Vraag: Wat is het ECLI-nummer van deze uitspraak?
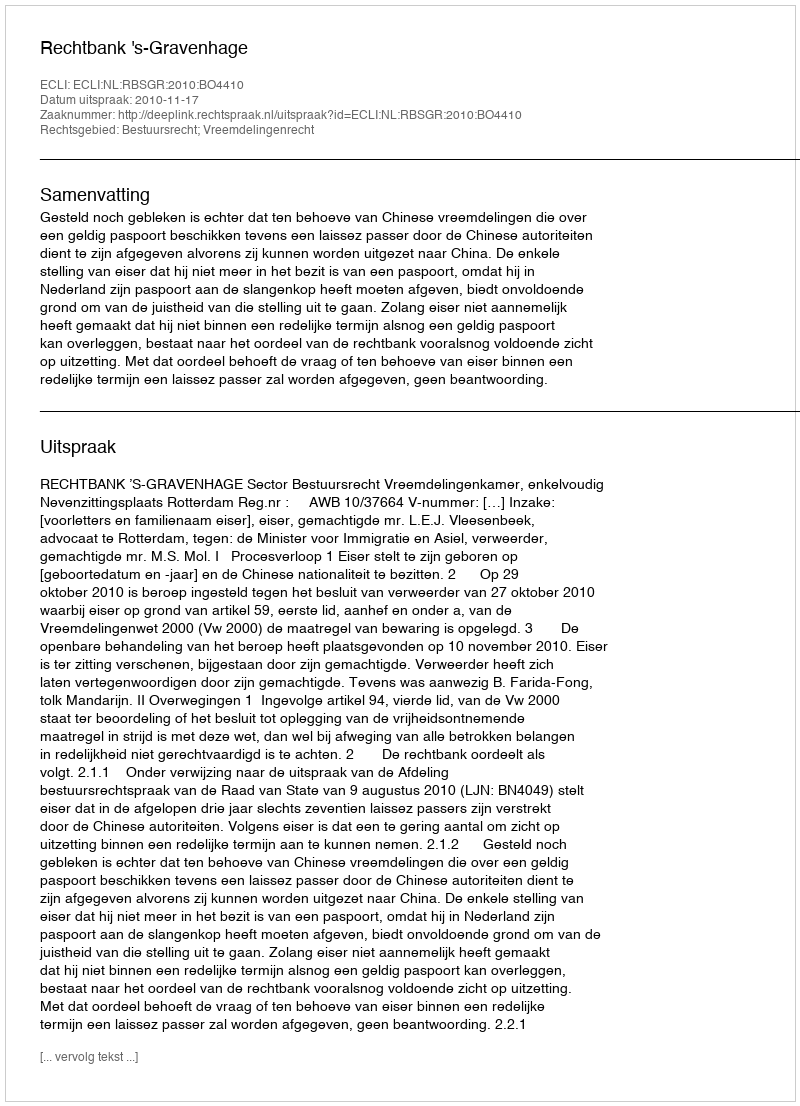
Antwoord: ECLI:NL:RBSGR:2010:BO4410